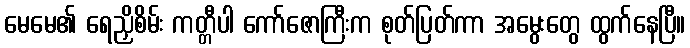
မေမေ၏ ရေညှိစိမ်း ကတ္တီပါ ကော်ဇောကြီးက စုတ်ပြတ်ကာ အမွေးတွေ ထွက်နေပြီ။